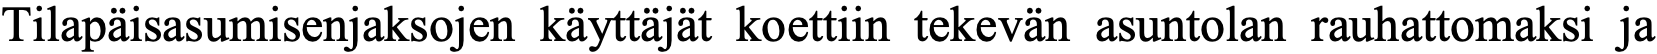
Tilapäisasumisenjaksojen käyttäjät koettiin tekevän asuntolan rauhattomaksi ja